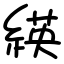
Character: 緓